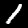
Digit: 1